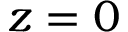
z = 0